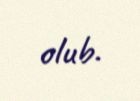
olub.